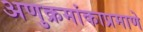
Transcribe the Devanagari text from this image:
अणुक्रमांकाप्रमाणे